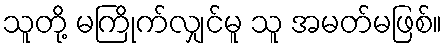
သူတို့ မကြိုက်လျှင်မူ သူ အမတ်မဖြစ်။